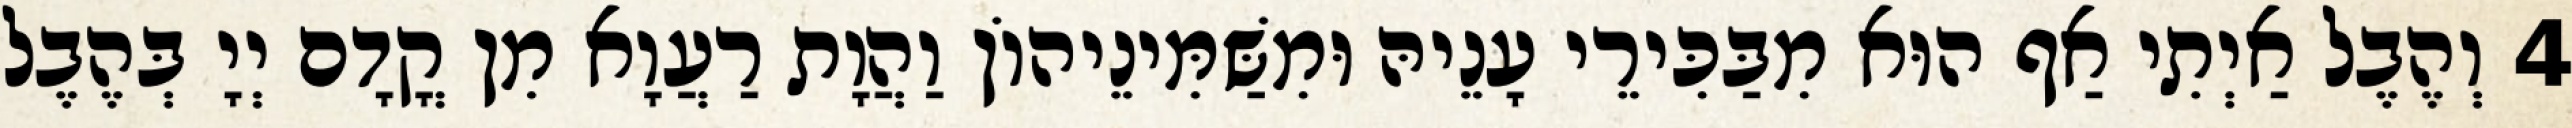
4 וְהֶבֶל אַיְתִי אַף הוּא מִבַּכִּירֵי עָנֵיהּ וּמִשַּׁמִּינֵיהוֹן וַהֲוָת רַעֲוָא מִן קֳדָם יְיָ בְּהֶבֶל